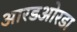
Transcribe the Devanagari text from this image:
आरडओरडा